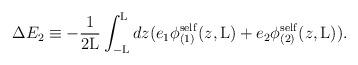
LaTeX: \begin{align*}\Delta E_2 \equiv - \frac{1}{2{\rm L}} \int_{-{\rm L}}^{{\rm L}} dz(e_1 {\phi}_{(1)}^{\rm self}(z,{\rm L}) + e_2 {\phi}_{(2)}^{\rm self}(z,{\rm L})).\end{align*}